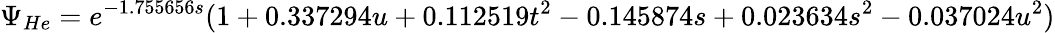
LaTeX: \Psi_{He}=e^{-1.755656s}(1+0.337294u+0.112519t^{2}-0.145874s+0.023634s^{2}-0.037024u^{2})